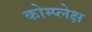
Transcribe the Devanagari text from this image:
कोम्प्लेक्ष